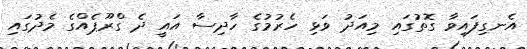
އެނގިފައިވާ ގޮތުގައި މިއަދު ވަޅި ހެރުމުގެ ހާދިސާ އައީ ދެ ގްރޫޕެއްގެ މެދުގައި